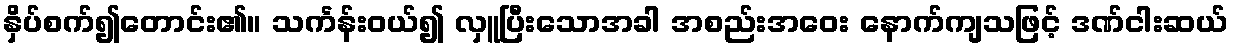
နှိပ်စက်၍တောင်း၏။ သင်္ကန်းဝယ်၍ လှူပြီးသောအခါ အစည်းအဝေး နောက်ကျသဖြင့် ဒဏ်ငါးဆယ်